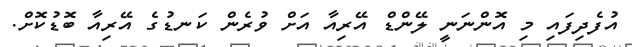
އުފެދިފައި މި އޮންނަނީ ލޭންޑް އޭރިއާ އަށް ވުރެން ކަނޑުގެ އޭރިއާ ބޮޑުކޮށް.